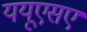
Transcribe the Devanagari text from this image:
ययूएसए